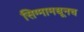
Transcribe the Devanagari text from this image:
सिग्मामधूनच